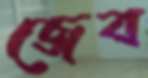
জেব